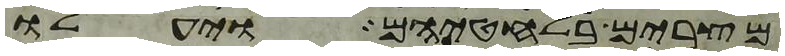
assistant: מצרים בלחטיהם ויעלו